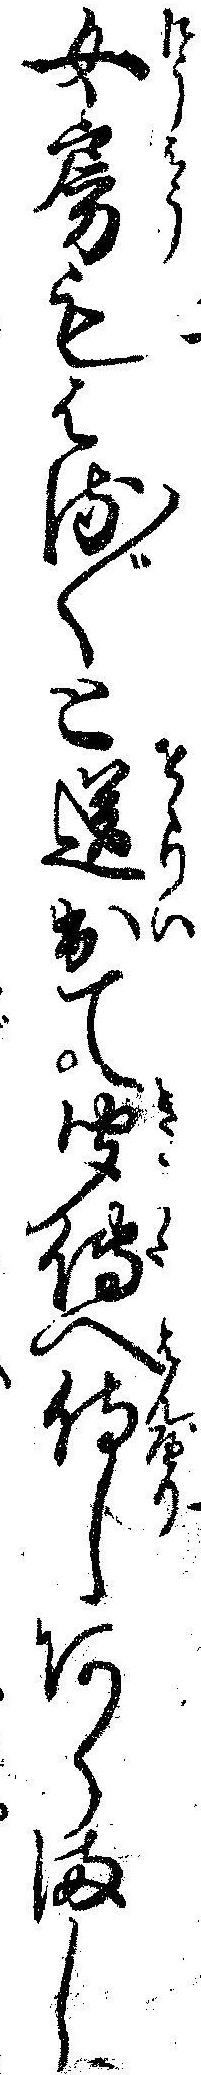
女房もはる〲と送出て聞伝へ侍しあらまし